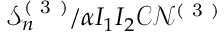
\mathcal { S } _ { n } ^ { ( \mathrm { ~ 3 ~ } ) } / \alpha I _ { 1 } I _ { 2 } \mathcal { C } \mathcal { N } ^ { ( \mathrm { ~ 3 ~ } ) }